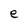
Character: e